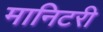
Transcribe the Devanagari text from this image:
मानिटरी